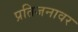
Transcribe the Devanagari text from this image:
प्रतिजनावर